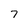
Character: 7